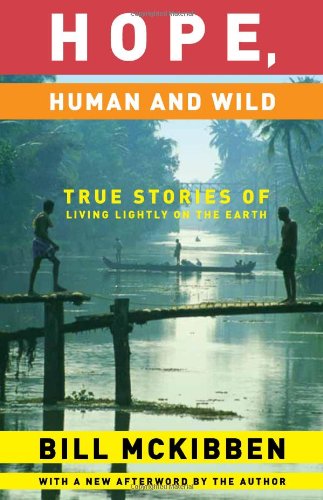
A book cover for Hope, Human and Wild: True Stories of Living Lightly on the Earth (The World As Home); Bill McKibben; Engineering & Transportation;